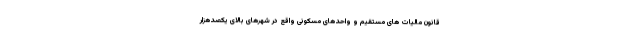
قانون مالیات های مستقیم و واحدهای مسکونی واقع در شهرهای بالای یکصدهزار